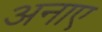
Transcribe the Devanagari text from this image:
अनाए